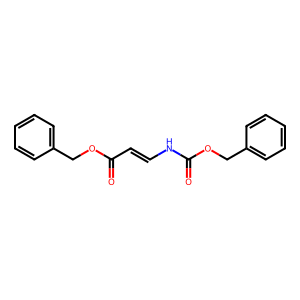
SMILES: O=C(C=CNC(=O)OCc1ccccc1)OCc1ccccc1
Inhibits HIV replication: No